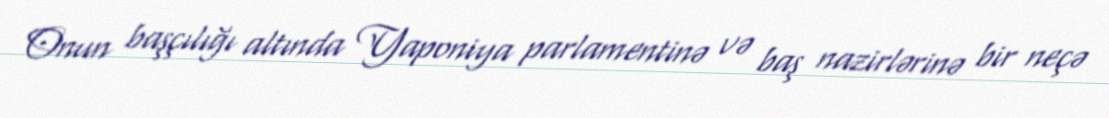
Onun başçılığı altında Yaponiya parlamentinə və baş nazirlərinə bir neçə